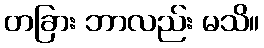
တခြား ဘာလည်း မသိ။